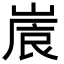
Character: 𡺒